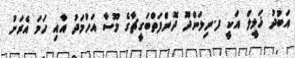
އަބުދު ޚަލީލް އަކީ ފ.ނިލަންދޫ ދޮންފަތްބަގީޗާގެ މޫސާ އަހުމަދު އާއި ހަމަ އެރަށު